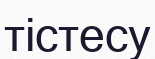
тістесу